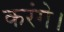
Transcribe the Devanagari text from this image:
करंगे।